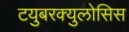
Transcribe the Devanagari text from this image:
टयुबरक्युलोसिस